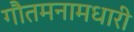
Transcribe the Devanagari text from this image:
गौतमनामधारी